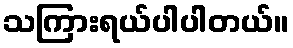
သကြားရယ်ပါပါတယ်။